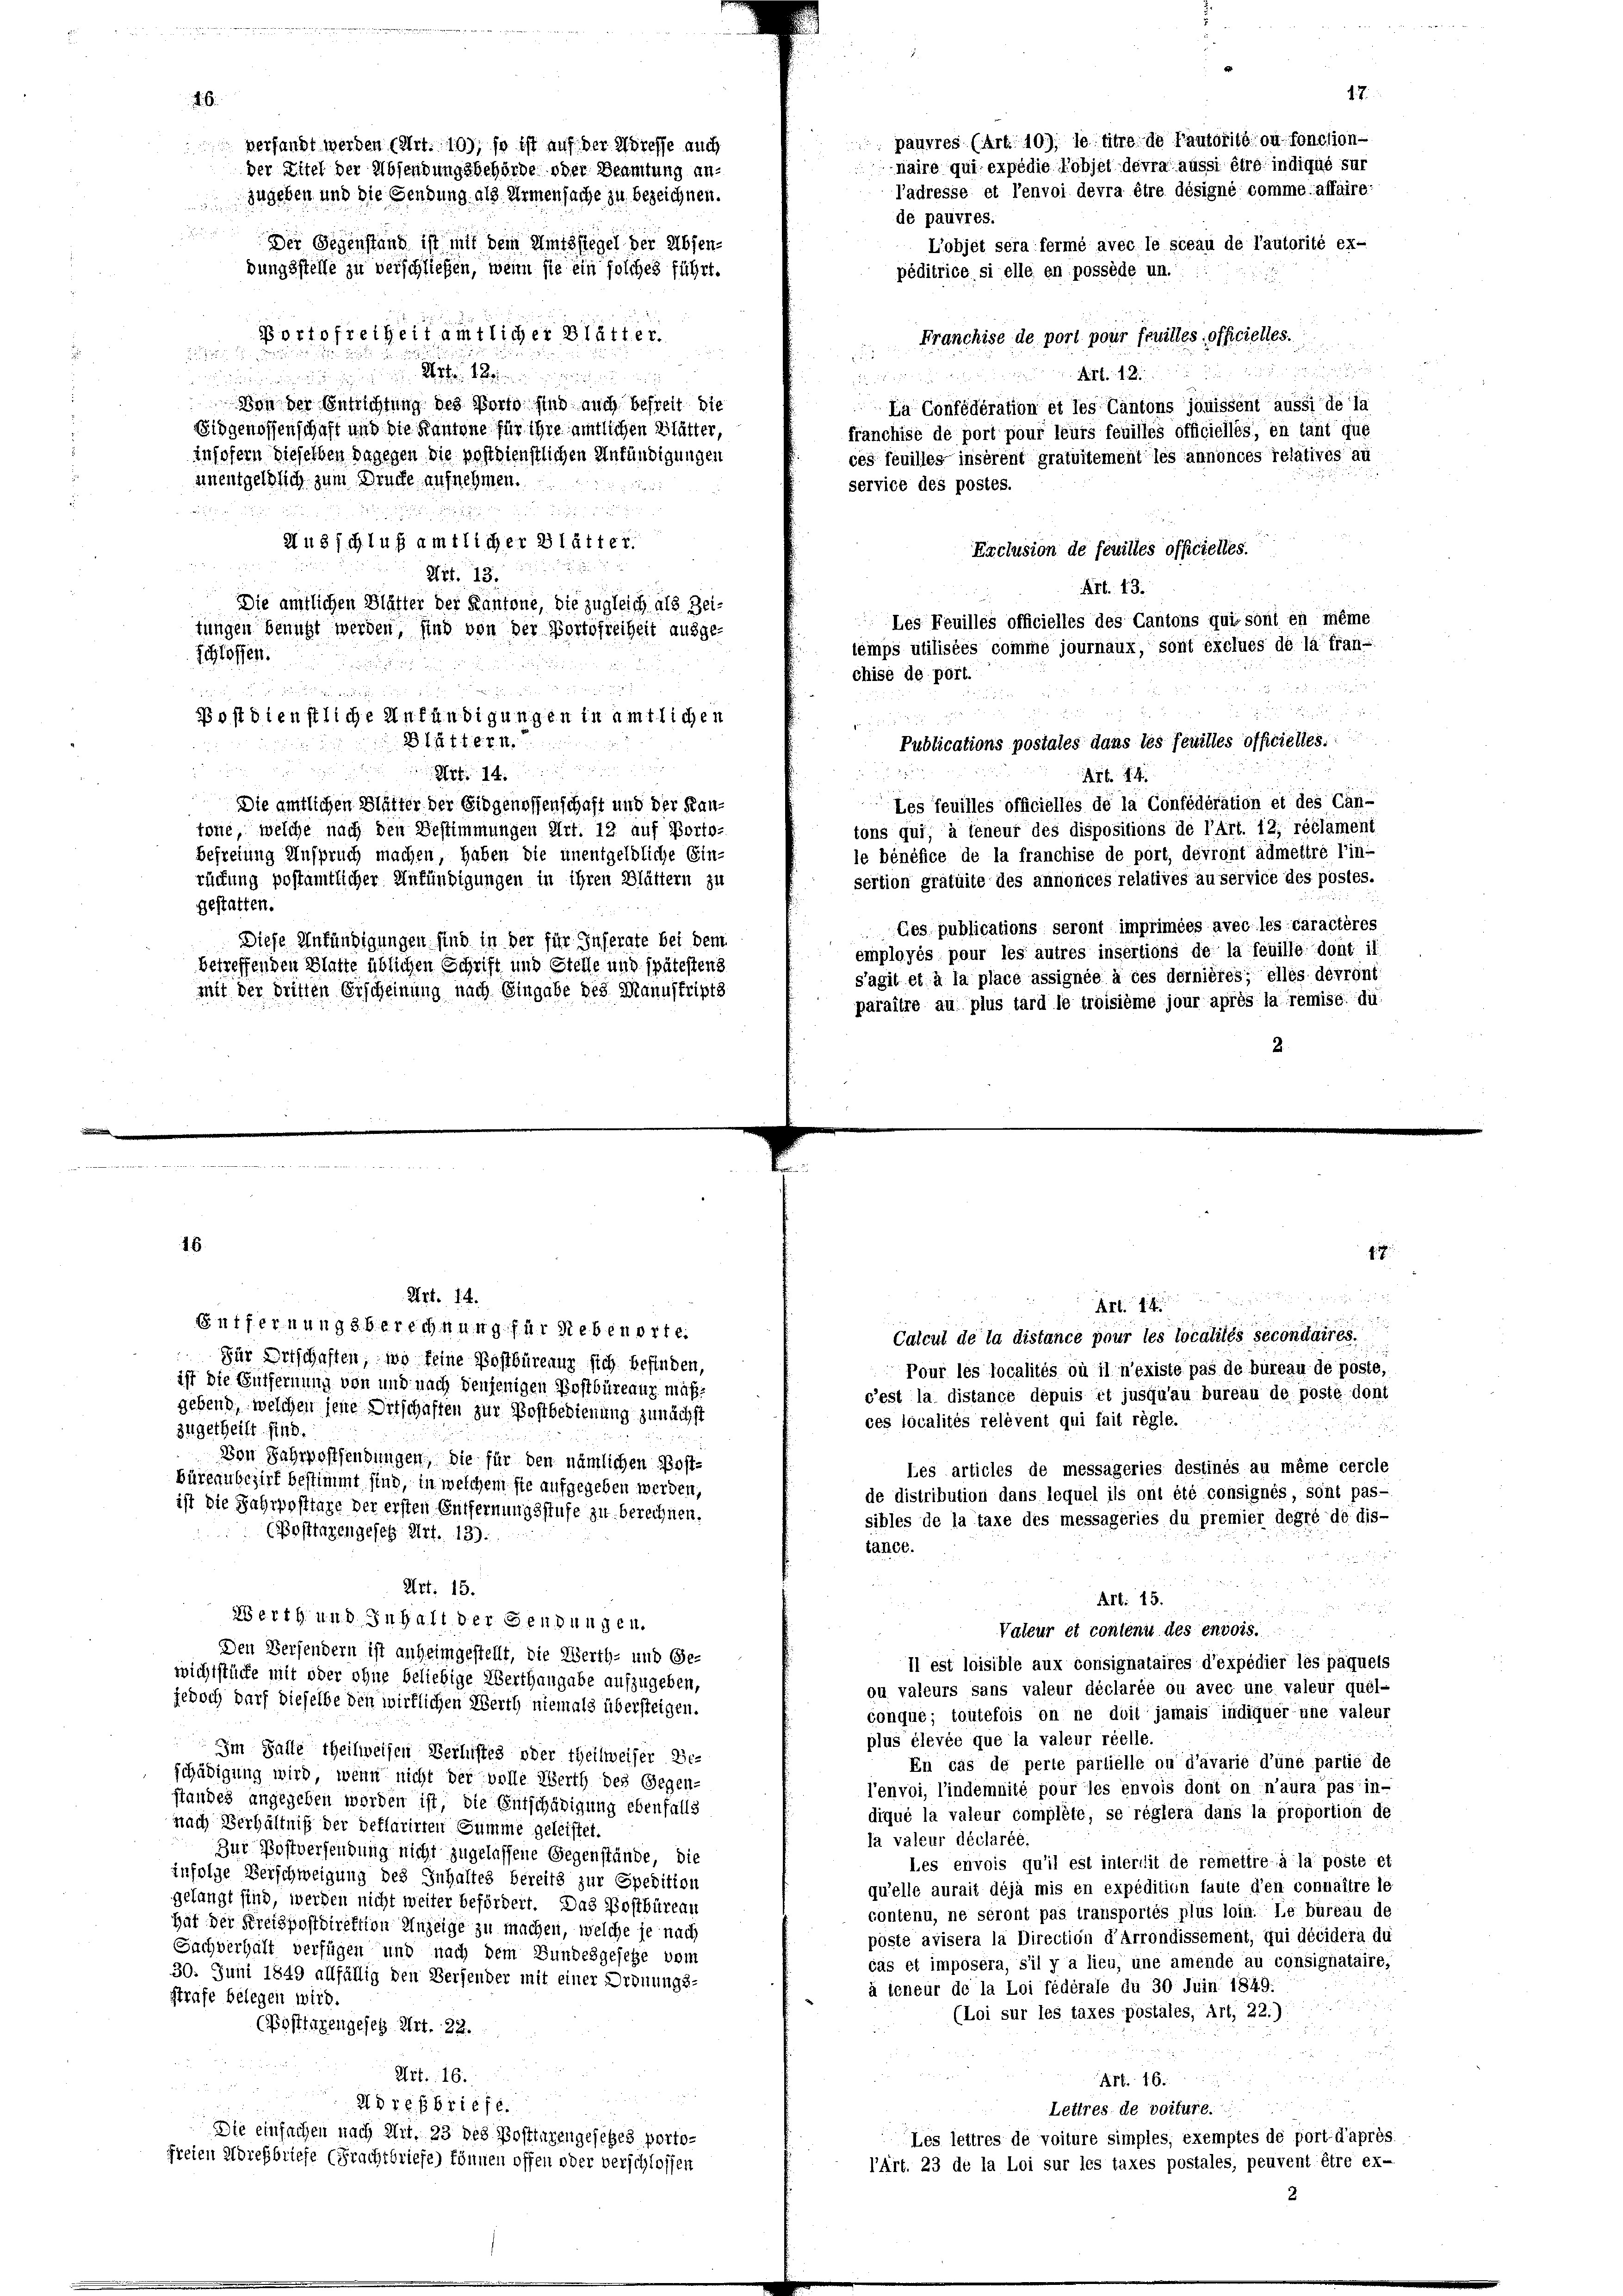
6.

de pauvres.

Der Gegenstand ist mit dem Amtssiegel der Absen-
L’objet sera fermé avec le sceau de l’autorité ex-
bungsstelle zu verschließen, wenn sie ein folches führt.
péditrice si elle en possède un.
u
Portofreiheit amtlicher Blätter.
Franchise de port pour feuilles officielles.
e

2fr. 1 ein
niten den in der eine
 41 x
|
Von der Entrichtung des Porto sind auch befreit die
La Confédération et les Cantons jouissent aussi de la
Eidgenossenschaft und die Kantone für ihre amtlichen Blätter,
franchise de port pour leurs feuilles officielles, en tant que
insofern dieselben dagegen die postdienstlichen Anfändigungen
ces feuilles insérent gratuitement les annonces relatives au
unentgeldlich zum Drucke aufnehmen.
service des postes.
e

Ausschluß amtlicher Blätter
Exclusion de feuilles officielles.
Art. 13.
Art. 13.
Die amtlichen Blätter der Kantone, die zugleich als Zei-
Les Feuilles officielles des Cantons qui sont en même
tungen benutzt werden, sind von der Portofreiheit ausge-
temps utilisées comme journaux, sont exclues de la fran-
schlossen.

chise de port.

u

Postdienstliche Anfündigungen in amtlichen
u
B. k. k. k. k. k. k. M
Publications postales dans les feuilles officielles.

W

Art. 14.
Les feuilles officielles de la Confédération et des Can-
Die amtlichen Blätter der Eidgenossenschaft und der Kan-
tons qui, à teneur des dispositions de l’Art. 12, réclament
tone, welche nach den Bestimmungen Art. 12 auf Porto-
le bénéfice de la franchise de port, devront admettre l’in-
Befreiung Anspruch machen, haben die unentgeldliche Ein-
rückung postamtlicher Ankündigungen in ihren Blättern zu
sertion grätuite des annonces relatives au service des postes.
gestatten.
Ges publications seront imprimées avec les caractères
Diese Anfündigungen sind in der für Inserate bei dem
émployés pour les autres insertions de la feuille dont il
betreffenden Blatte üblichen Schrift und Stelle und spätestens
s’agit et à la place assignée à ces dernières; elles devront
mit der dritten Erscheinung nach Eingabe des Manuskripts
paraitre au plus tard le troisième jour après la remise du
2

16.

versandt werden (Art. 10), so ist auf der Adresse auch
der Titel der Absendungsbehörde oder Beamtung an-
zugeben und die Gendung als Armensache zu bezeichnen.

d
2

17.
pauvres (Art. 10), le titre de lautorité ou fonction-
naire qui expédie Kobjet devra aussi être indiqué sur
ladresse et l’envoi devra être désigné comme affaire

Art. 14

Art. 14.
Entfernungsberechnung für Rebenorte.
Calcul de la distance pour les localités secondaires.
Für Ortschaften, wo keine Postbürenur sich befinden,
Pour les localités où il n’existe pas de bureau de pöste,
ist die Entfernung von und nach denjenigen Postbüreaux maß
c’est la distance depuis et jusqu’au bureau de posté dont
gebend, welchen jene Ortschaften zur Postbedienung zunächst
ces localités relevent qui fait règle.
zugetheilt. sind.
e
Don Jahrpostendungen, die für den nämlichen Post-
Les articles de messageries destinés au même cercle
Büreau bezirk bestimmt sind, in welchem sie aufgegeben werden,
de distribution dans lequel ils ont été consignés, sont pasist die Jahrposttare der ersten Entfernungsstufe zu berechnen.
sibles de la taxe des messageries du premier degré de dis-
 (Posttazengesetz Art. 139.
tance.
.
Art. 15.
Art. 15.

Werth und Inhalt der Gendungen.
Valeur et contenu des envois.
Den Versendern ist anheimgestellt, die Werth- und Ge-
Il est loisible aux consignataires d’expédier les paquels
wichtstücke mit oder ohne beliebige Werthangabe aufzugeben,
ou valeurs sans valeur déclarée ou avec une valeur quel-
jedoch darf dieselbe den wirklichen Werth niemals übersteigen.
conqué; toutefois on ne doit jamais indiquer’une valeur
plus élevée que la valeur réelle.
Im Falte theilweisen Berlistes oder theilweiser Ze¬
En cas de perte partielle ou d’avarie d’une partie de
schädigung wird, wenn nicht der volle Werth des Gegen-
l’envoi, l’indemnité pour les envois dont on n’aura pas in-
standes angegeben worden ist, die Entschädigung ebenfalls
diqué la valeur compléte, se règlera dans la proportion de
nach Verhältniß der deflarirten Summe geleistet.
la valeur déclarée.
Zur Postversendung nicht zugelassene Gegenstände, die
Les envois qu’il est intermit de remettre à la poste et
infolge Verschweigung des Inhaltes bereits zur Spedition
qu’elle aurait déjà mis en expédition faute d’en connaître le
gelangt sind, werden nicht weiter befördert. Das Postbüreau
contenu, ne seront pas transportés plus loin. Le büreau de
Hat der Kreispostdirektion Anzeige zu machen, welche je nach
pöste avisera la Direction d’Arrondissement, qui décidera du
Sachverhält verfügen und nach dem Bundesgesetze vom
cas et imposera, s’il y a lieu, une amende au consignataire,
30. Juni 1849 allfällig den Versender mit einer Ordnungs-
à teneur de la Loi fédérale du 30 Juin 1849.
strafe belegen wird.
(Loi sur les taxes postales, Art. 22.)
(Posttagengesetz Art. 22.

35
Art. 16.
 Nr. 46
8
Adres briefe.
Lettres de voiture.
Die einfachen nach Art. 23 des Postenzengesetzes porto¬
Les leitres de voiture simples, exemptes de port d’après.
freien Adressbriefe (Frachtbriefe) können offen oder verschlossen
l’Art. 23 de la Loi sur les taxes postales, peuvent être ex-
2